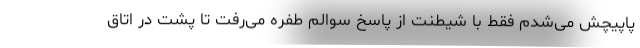
پاپیچش می‌شدم فقط با شیطنت از پاسخ سوالم طفره می‌رفت تا پشت در اتاق